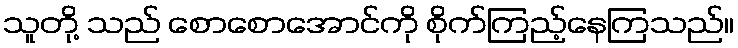
သူတို့ သည် စောစောအောင်ကို စိုက်ကြည့်နေကြသည်။